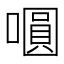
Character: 𭋋